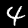
Digit: 4